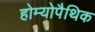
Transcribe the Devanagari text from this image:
होम्‍योपैथिक